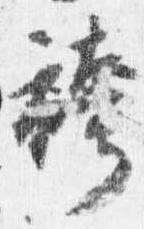
袴